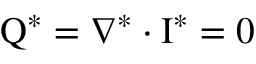
\boldsymbol { \mathrm { Q } } ^ { * } = \boldsymbol { \nabla } ^ { * } \boldsymbol { \cdot } \boldsymbol { \mathrm { I } } ^ { * } = \boldsymbol { 0 }